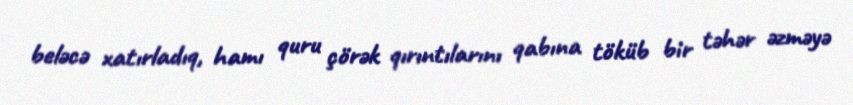
beləcə xatırladıq, hamı quru çörək qırıntılarını qabına töküb bir təhər əzməyə